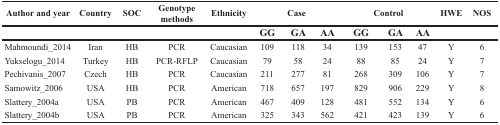
| Author and year | Country | SOC | Genotype methods | Ethnicity | <COLSPAN=3> Case | <COLSPAN=3> Control | HWE | NOS |
 |  |  |  |  |  | GG | GA | AA | GG | GA | AA |  |  |
 | --- | --- | --- | --- | --- | --- | --- | --- | --- | --- | --- | --- | --- |
 | Mahmoundi_2014 | Iran | HB | PCR | Caucasian | 109 | 118 | 34 | 139 | 153 | 47 | Y | 6 |
 | Yukselogu_2014 | Turkey | HB | PCR-RFLP | Caucasian | 79 | 58 | 24 | 88 | 85 | 24 | Y | 7 |
 | Pechivanis_2007 | Czech | HB | PCR | Caucasian | 211 | 277 | 81 | 268 | 309 | 106 | Y | 7 |
 | Samowitz_2006 | USA | HB | PCR | American | 718 | 657 | 197 | 829 | 906 | 229 | Y | 8 |
 | Slattery_2004a | USA | PB | PCR | American | 467 | 409 | 128 | 481 | 552 | 134 | Y | 6 |
 | Slattery_2004b | USA | PB | PCR | American | 325 | 343 | 562 | 421 | 423 | 139 | Y | 6 |